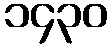
၁၄၃၀